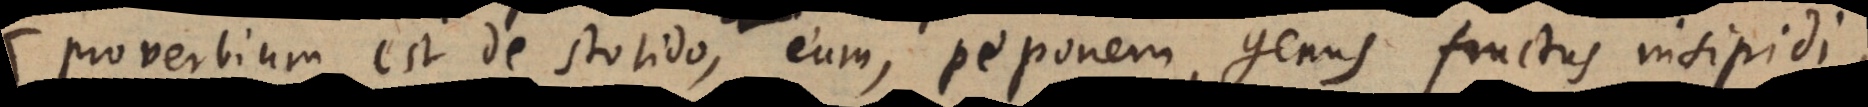
proverbium est de stolido, eum, peponem, genus fructus insipidi,